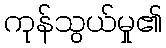
ကုန်သွယ်မှု၏